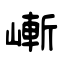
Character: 嶃